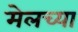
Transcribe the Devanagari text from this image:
मेलच्या